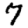
Digit: 7